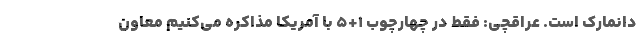
دانمارک است. عراقچی: فقط در چهارچوب ۱+۵ با آمریکا مذاکره می‌کنیم معاون